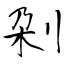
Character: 刴